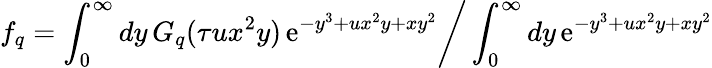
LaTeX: f_{q}=\left.\int_{0}^{\infty}dy\, G_{q}(\tau ux^{2}y)\, \mathrm{e}^{-y^{3}+ux^{2}y+xy^{2}}\right/\int_{0}^{\infty}dy\, \mathrm{e}^{-y^{3}+ux^{2}y+xy^{2}}